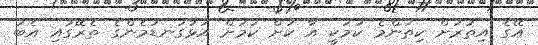
އޭގެ އިތުރަށް ކިތަންމެ ކަމަކީ އާ ކުށް ކަމަށް އަޅުގަނޑުމެންގެ ތެރޭގައި އެބަ